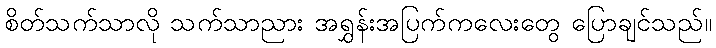
စိတ်သက်သာလို သက်သာညား အရွှန်းအပြက်ကလေးတွေ ပြောချင်သည်။